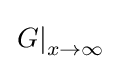
\left.G\right|_{x\to \infty }